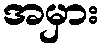
အမှား